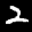
Label: 2